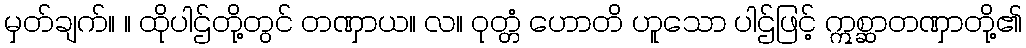
မှတ်ချက်။ ။ ထိုပါဌ်တို့တွင် တဏှာယ။ လ။ ဝုတ္တံ ဟောတိ ဟူသော ပါဌ်ဖြင့် ဣစ္ဆာတဏှာတို့၏